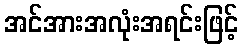
အင်အားအလုံးအရင်းဖြင့်